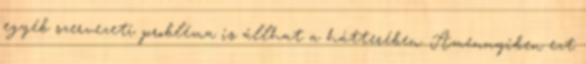
egyéb szervezeti probléma is állhat a hátterében. Amennyiben ezt